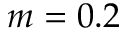
m = 0 . 2